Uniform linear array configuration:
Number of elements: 24
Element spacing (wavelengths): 0.25
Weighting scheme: cosine
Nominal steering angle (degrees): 30
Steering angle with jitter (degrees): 29.516
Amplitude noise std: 0.05
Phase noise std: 0.05

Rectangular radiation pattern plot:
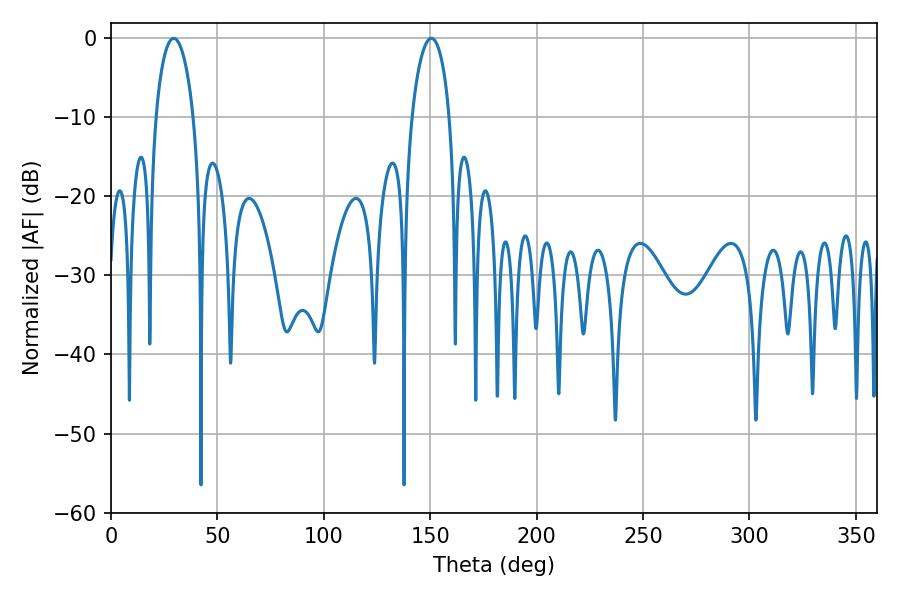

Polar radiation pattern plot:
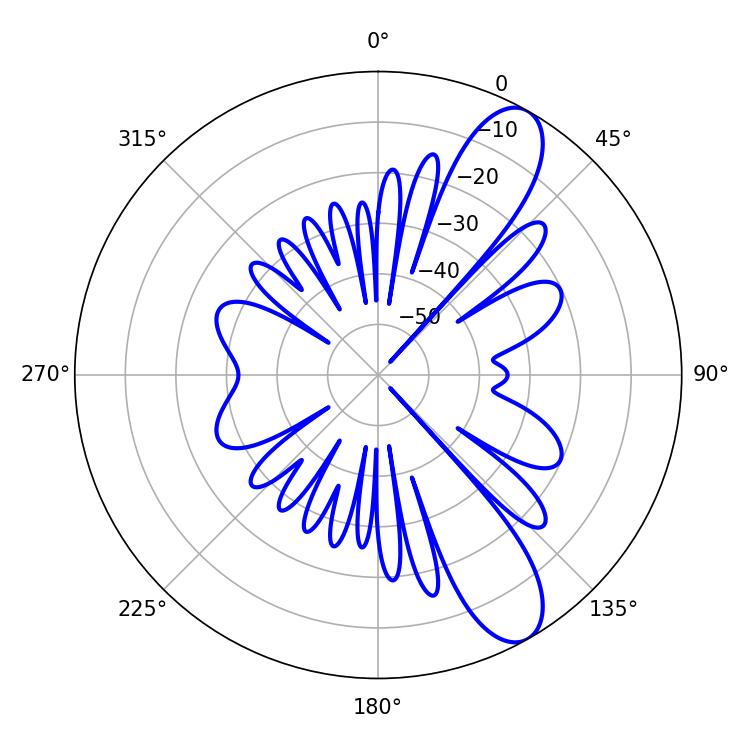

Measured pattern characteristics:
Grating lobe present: FALSE
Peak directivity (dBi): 10.249
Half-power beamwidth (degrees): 10.26
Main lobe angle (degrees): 29.52